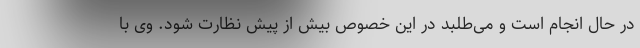
در حال انجام است و می‌طلبد در این خصوص بیش از پیش نظارت شود. وی با